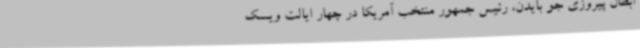
ابطال پیروزی جو بایدن، رئیس جمهور منتخب آمریکا در چهار ایالت ویسک